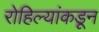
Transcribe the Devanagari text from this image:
रोहिल्यांकडून